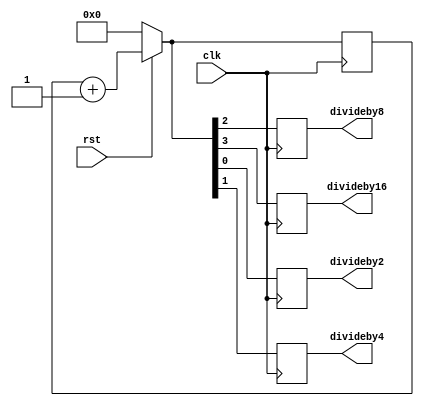
`timescale 1ns / 1ps
//////////////////////////////////////////////////////////////////////////////////
// Company: 
// 
// Design Name: Clock Divider
// Module Name: clock_divider
// Project Name: 
// Target Devices: 
// Tool Versions: 
// Description: 
// 
// Dependencies: 
// 
// Revision:
// Revision 0.01 - File Created
// Additional Comments:
// 
//////////////////////////////////////////////////////////////////////////////////


module clock_divider(clk,divideby2,divideby4,divideby8,divideby16,rst);
input clk,rst;
reg [3:0]count;
output reg divideby2,divideby4,divideby8,divideby16;
always@(posedge clk)
begin
if(rst==0)
count=4'b0000;
else
count=count+1;
  divideby2=count[0];
  divideby4=count[1];
  divideby8=count[2];
  divideby16=count[3];
end
endmodule